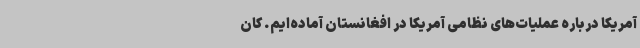
آمریکا درباره عملیات‌های نظامی آمریکا در افغانستان آماده‌ایم. کان